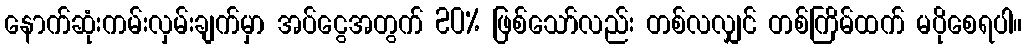
နောက်ဆုံးကမ်းလှမ်းချက်မှာ အပ်ငွေအတွက် 20% ဖြစ်သော်လည်း တစ်လလျှင် တစ်ကြိမ်ထက် မပိုစေရပါ။